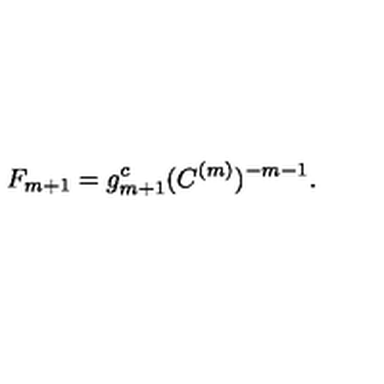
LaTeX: F _ { m + 1 } = g _ { m + 1 } ^ { c } ( C ^ { ( m ) } ) ^ { - m - 1 } .